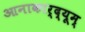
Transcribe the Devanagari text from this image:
आनाकार्द्यूम्